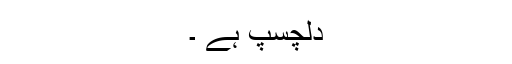
دلچسپ ہے ۔